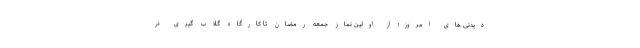
دیدنی های امروز؛ از اولین نماز جمعه رمضان تا کارگاه گلاب گیری در